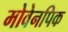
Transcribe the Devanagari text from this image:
मोवेनपिक